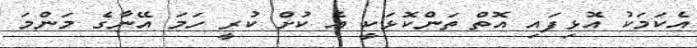
އެކަމަކު އޮޅިފައި އޮތް ތަންކޮޅަކީ އެ ކުށް ކުރީ ހަމަ އޭނާގެ މަންމަ